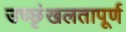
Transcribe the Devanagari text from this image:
उच्छृंखलतापूर्ण